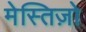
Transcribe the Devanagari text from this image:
मेस्तिज़ो